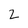
Character: 2